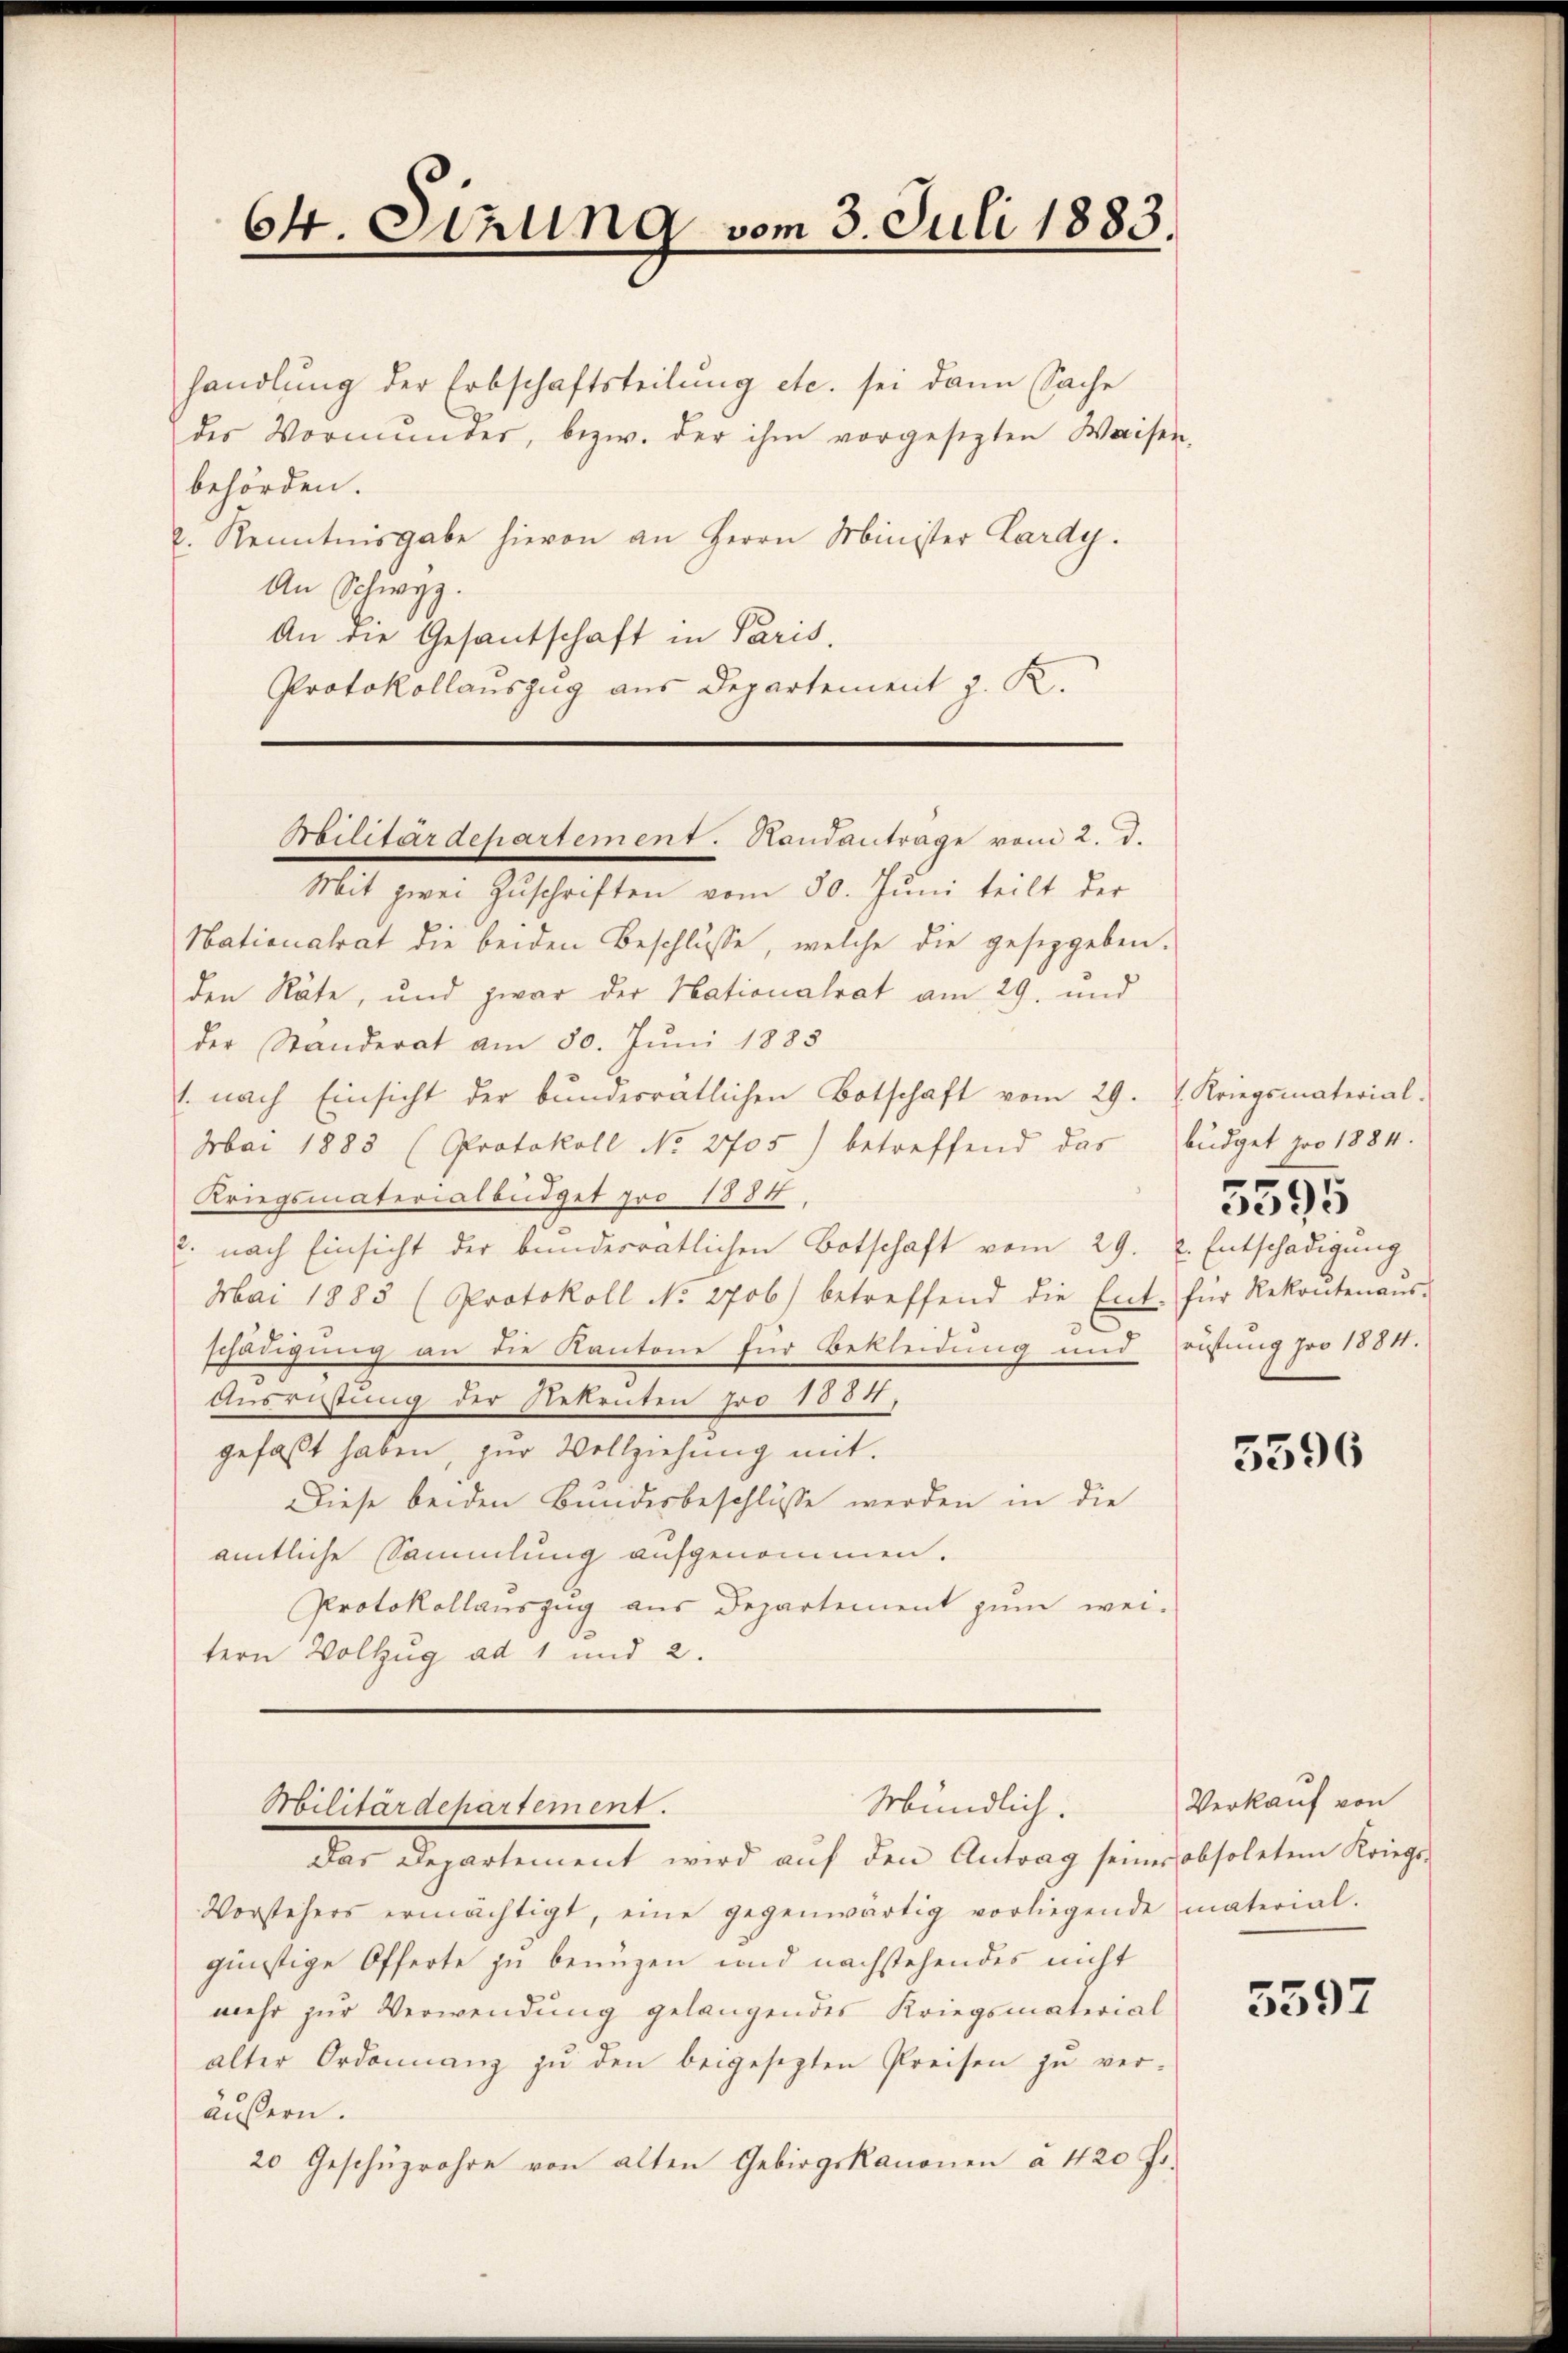
64. Denung vom 3. Juli 1883.

handlŭng der Erbschaftsteilŭng etc. sei dann Sache
des Vormunder, bezw. der ihm vorgesezten Waisen,
behörden.
2. Kenntnisgabe hievon an Herrn Minister Lardy.
An Schwyz.
An die Gesantschaft in Paris.
Protokollauszug aus Departement z. K.

Militärdepartement. Sandantrage vom 2. d.

Mit zwei Zŭschriften vom 30. Juni teilt der
Nationalrat die beiden Beschlüsse, welche die geseggeben.
den Räte, und zwar der Nationalrat am 29. und
der Standerat am 30. Juni 1885
1. nach Einsicht der bŭndesrätlichen Botschaft vom 29.  Kriegsmaterial-
Mai 1883 (Protokoll No 2705) betreffend das
Kriegsmaterialbüdget pro 1884
c. nach Einsicht der bundesratlichen Botschaft vom 29. v. Entschädigung
Mai 1883 (Protokoll No 2706) betreffend die Ent- für Rekontenaŭs-
3
schädigung an die Kantone für Bekleidung und
Ausrüstung der Rekruten pro 1884,
gefaßt haben, zur Vollziehung mit.
Diese beiden Bundesbeschlusse werden in die
amtliche Sammlung aufgenommen.
Protokollauszug aus Departement zum wei-
tern Vollzug ad 1 und 2.

Mündlich.
Militärdepartement.

Das Departement wird aŭf den Antrag seiner obsoleten Kriegs-
Vorstehers ermächtigt, eine gegenwärtig vorliegende material-
günstige Offerte zu benuzen und nachstehendes nicht
mehr zur Verwendung gelangendes Kriegsmaterial
alter Ordonnanz zŭ den beigesezten Preisen zŭ ver-
äußern.
20 Geschüzrohre von alten Gebirgskanonen à 420 Fr.

büdget pro 1884.
rüstung pro 1884.

5595

5596

Verkauf von

5597